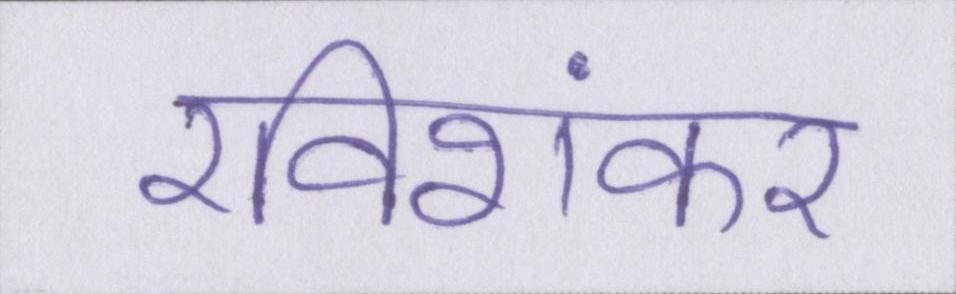
रविशंकर